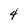
Character: 4